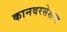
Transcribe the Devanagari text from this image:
कानवरसेशन्स